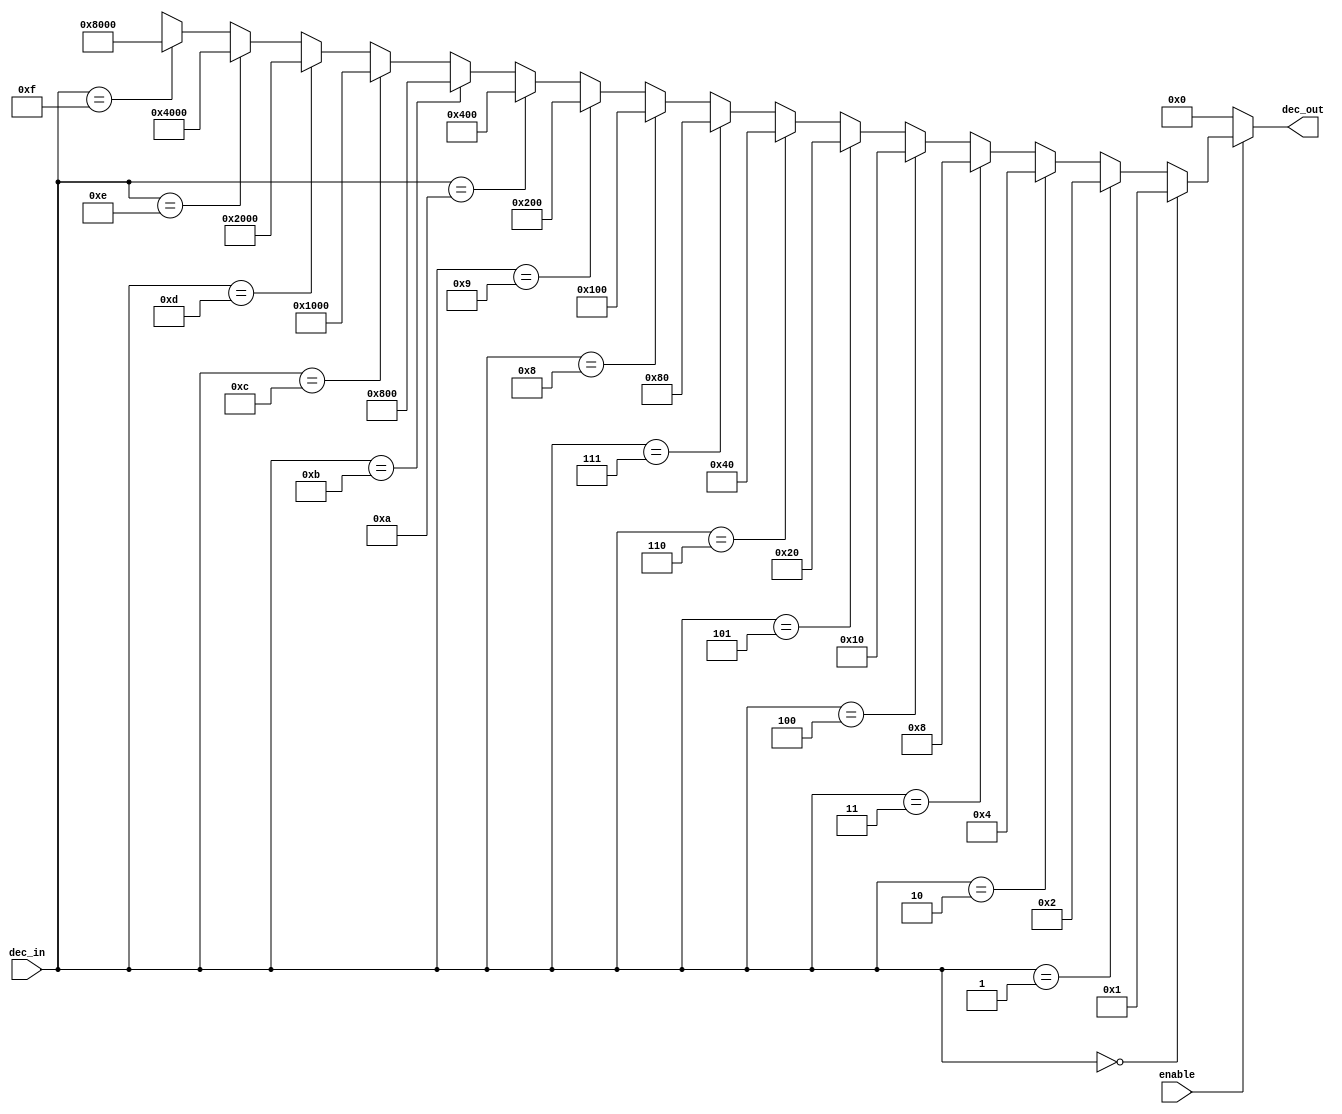

module decoder4to16_sefunmi(enable, dec_in, dec_out);
	input enable;
	input [3:0] dec_in;
	output [15:0] dec_out;
	wire [15:0] outs;

	assign outs = 	(dec_in == 4'b0000) ? 16'b0000000000000001 : 
						(dec_in == 4'b0001) ? 16'b0000000000000010 :
						(dec_in == 4'b0010) ? 16'b0000000000000100 :
						(dec_in == 4'b0011) ? 16'b0000000000001000 :
						(dec_in == 4'b0100) ? 16'b0000000000010000 :
						(dec_in == 4'b0101) ? 16'b0000000000100000 :
						(dec_in == 4'b0110) ? 16'b0000000001000000 : 
						(dec_in == 4'b0111) ? 16'b0000000010000000 :
						(dec_in == 4'b1000) ? 16'b0000000100000000 : 
						(dec_in == 4'b1001) ? 16'b0000001000000000 :
						(dec_in == 4'b1010) ? 16'b0000010000000000 : 
						(dec_in == 4'b1011) ? 16'b0000100000000000 : 
						(dec_in == 4'b1100) ? 16'b0001000000000000 : 
						(dec_in == 4'b1101) ? 16'b0010000000000000 : 
						(dec_in == 4'b1110) ? 16'b0100000000000000 : 
						(dec_in == 4'b1111) ? 16'b1000000000000000 : 16'bxxxxxxxxxxxxxxxx;
	assign dec_out = enable ? outs  : 16'b0000000000000000;
endmodule